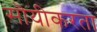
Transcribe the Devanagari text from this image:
सॊयीकरता